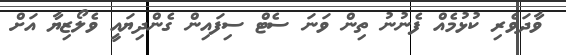
ވާދަވެރި ކުޅުމެއް ފެނުނު ތިން ވަނަ ސެޓް ސިފައިން ގެންދިޔައީ ވެލޯޒިޔާ އަށް